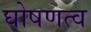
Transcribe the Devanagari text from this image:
घोषणत्व